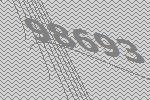
98693